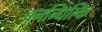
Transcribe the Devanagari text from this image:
बनन्धिल्कि